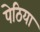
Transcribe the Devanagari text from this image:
पेठिया